Civil Veterinary Dept. Bombay admin report 1932-41 - 1932-1941
Year: 1932
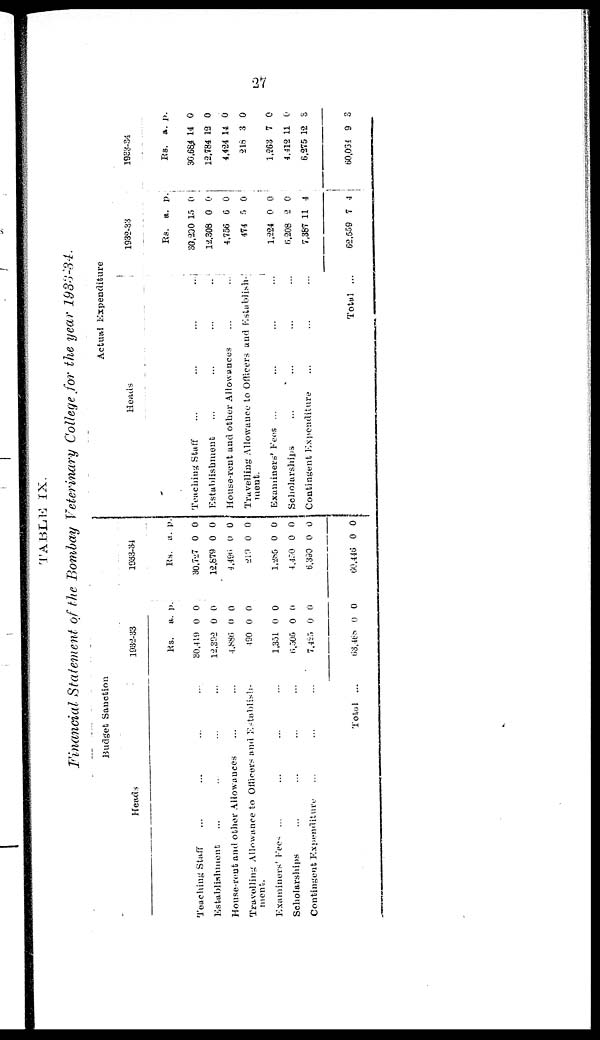
27
TABLE IX.
Financial Statement of the Bombay Veterinary College for the year 1933-34.
Budget Sanction
Heads
Teaching Staff ... ... ... ...
Establishment ... ... ... ...
House-rout and other Allowances ... ...
Travelling Allowance to Officers and Establish-
ment.
Examiners' Fees ... ... ... ...
Scholarships ... ... ... ...
Contingent Expenditure ... ... ...
Total ...
1932-33
Rs.
30,419
12,392
4,886
490
1,351
6,505
7,425
68,468
a.
0
0
0
0
0
0
0
0
p.
0
0
0
0
0
0
0
0
1933-34
Rs.
30,727
12,679
4,496
219
1,285
4,450
6,390
60,446
a.
0
0
0
0
0
0
0
0
p.
0
0
0
0
0
0
0
0
Actual Expenditure
Heads
Teaching Staff
...
...
...
...
Establishment
...
...
...
..
House-rent and other Allowances ... ...
Travelling Allowance to Officers and Establish-
ment.
Examiners' Fens ... ... ... ... ...
Scholarships ... ... ... ...
Contingent Expenditure ... ... ...
Total ...
1932-33
Rs.
30,290
12,308
4,756
474
1,224
6,208
7,387
62,559
a.
15
0
6
5
0
2
11
7
p.
0
0
0
0
0
0
4
4
1983-34
Rs.
30,684
12.784
4,424
218
1,263
4,412
6,275
60,054
a.
14
12
14
3
7
11
12
9
p.
0
0
0
0
0
0
3
3